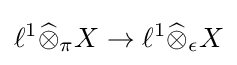
\ell ^{1}{\widehat {\otimes }}_{\pi }X\to \ell ^{1}{\widehat {\otimes }}_{\epsilon }X